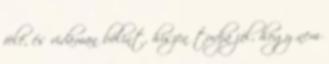
felé, és vidáman bólint, hiszen tudja jól, hogy nem